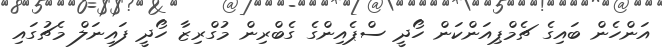
އަންހެން ބައިގެ ޗެމްޕިއަންކަން ހޯދީ ސްޕެއިންގެ ގެބްރިން މުގްރިޒާ ހޯދީ ފައިނަލް މެޗުގައި